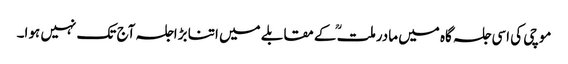
موچی کی اسی جلسہ گاہ میں مادرملتؒ کے مقابلے میں اتنا بڑاجلسہ آج تک نہیں ہوا۔